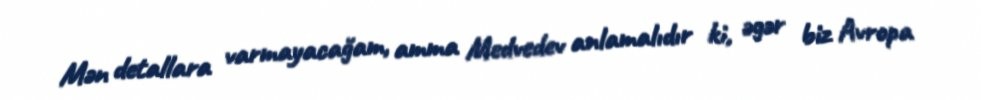
Mən detallara varmayacağam, amma Medvedev anlamalıdır ki, əgər biz Avropa